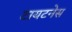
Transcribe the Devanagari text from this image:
टायटनेस